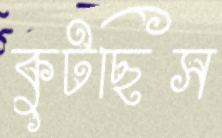
কুটছিস